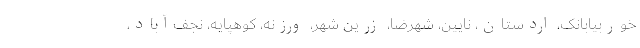
خوربیابانک، اردستان، نایین، شهرضا، زرین شهر، ورزنه، کوهپایه، نجف‌آباد،